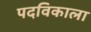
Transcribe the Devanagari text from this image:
पदविकाला